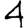
Digit: 4